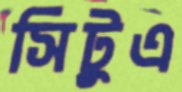
সিটুএ